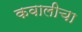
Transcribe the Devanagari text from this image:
कवालीचा